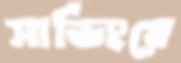
সার্ভিংয়ে